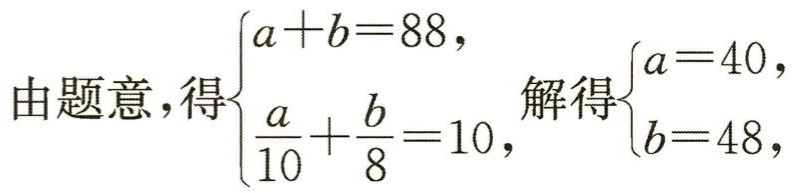
由题意，得$\begin{cases}a + b = 88,\\\frac{a}{10}+\frac{b}{8}=10,\end{cases}$解得$\begin{cases}a = 40,\\b = 48,\end{cases}$